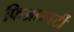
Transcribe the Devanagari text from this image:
फिआम्बर्टी